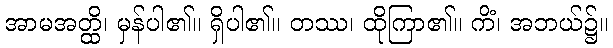
အာမအတ္ထိ၊ မှန်ပါ၏။ ရှိပါ၏။ တဿ၊ ထိုကြာ၏။ ကိံ၊ အဘယ်၌။